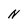
Character: N